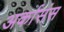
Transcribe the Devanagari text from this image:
अर्कासंस